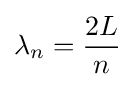
\lambda _{n}={2L \over n}